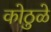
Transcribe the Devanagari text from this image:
कोठुळे